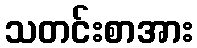
သတင်းစာအား